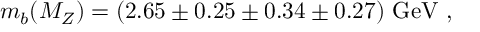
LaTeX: m _ { b } ( M _ { Z } ) = ( 2 . 6 5 \pm 0 . 2 5 \pm 0 . 3 4 \pm 0 . 2 7 ) ~ \mathrm { G e V } ~ ,